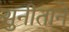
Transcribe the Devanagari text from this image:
सुनीताने